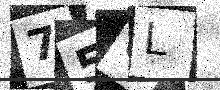
Text: 75OL